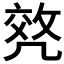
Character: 𠙟